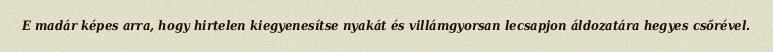
E madár képes arra, hogy hirtelen kiegyenesítse nyakát és villámgyorsan lecsapjon áldozatára hegyes csőrével.